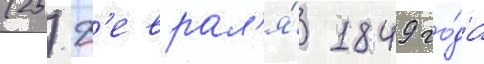
(25) ф'еврал'я́ 1849 го́да